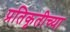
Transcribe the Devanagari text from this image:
प्रतिकृतीच्या